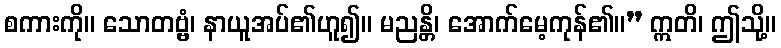
စကားကို။ သောတဗ္ဗံ၊ နာယူအပ်၏ဟူ၍။ မညန္တိ၊ အောက်မေ့ကုန်၏။” ဣတိ၊ ဤသို့။